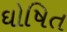
ઘોષિત